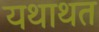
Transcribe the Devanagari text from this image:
यथाथत